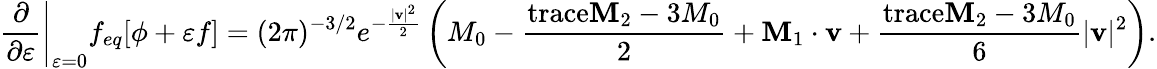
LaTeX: \left.\frac{\partial}{\partial\varepsilon}\right|_{\varepsilon=0}f_{eq}[\phi+\varepsilon f]=(2\pi)^{-3/2}e^{-\frac{|\mathbf{v}|^{2}}{2}}\left(M_{0}-\frac{\mathrm{trace}\mathbf{M}_{2}-3M_{0}}{2}+\mathbf{M}_{1}\cdot\mathbf{v}+\frac{\mathrm{trace}\mathbf{M}_{2}-3M_{0}}{6}|\mathbf{v}|^{2}\right).